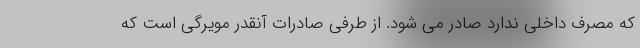
که مصرف داخلی ندارد صادر می شود. از طرفی صادرات آنقدر مویرگی است که